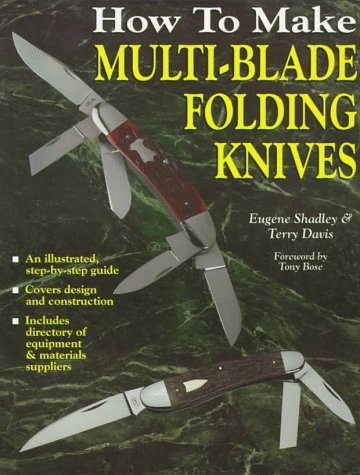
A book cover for How to Make Multi-Blade Folding Knives; Eugene Shadley; Crafts, Hobbies & Home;